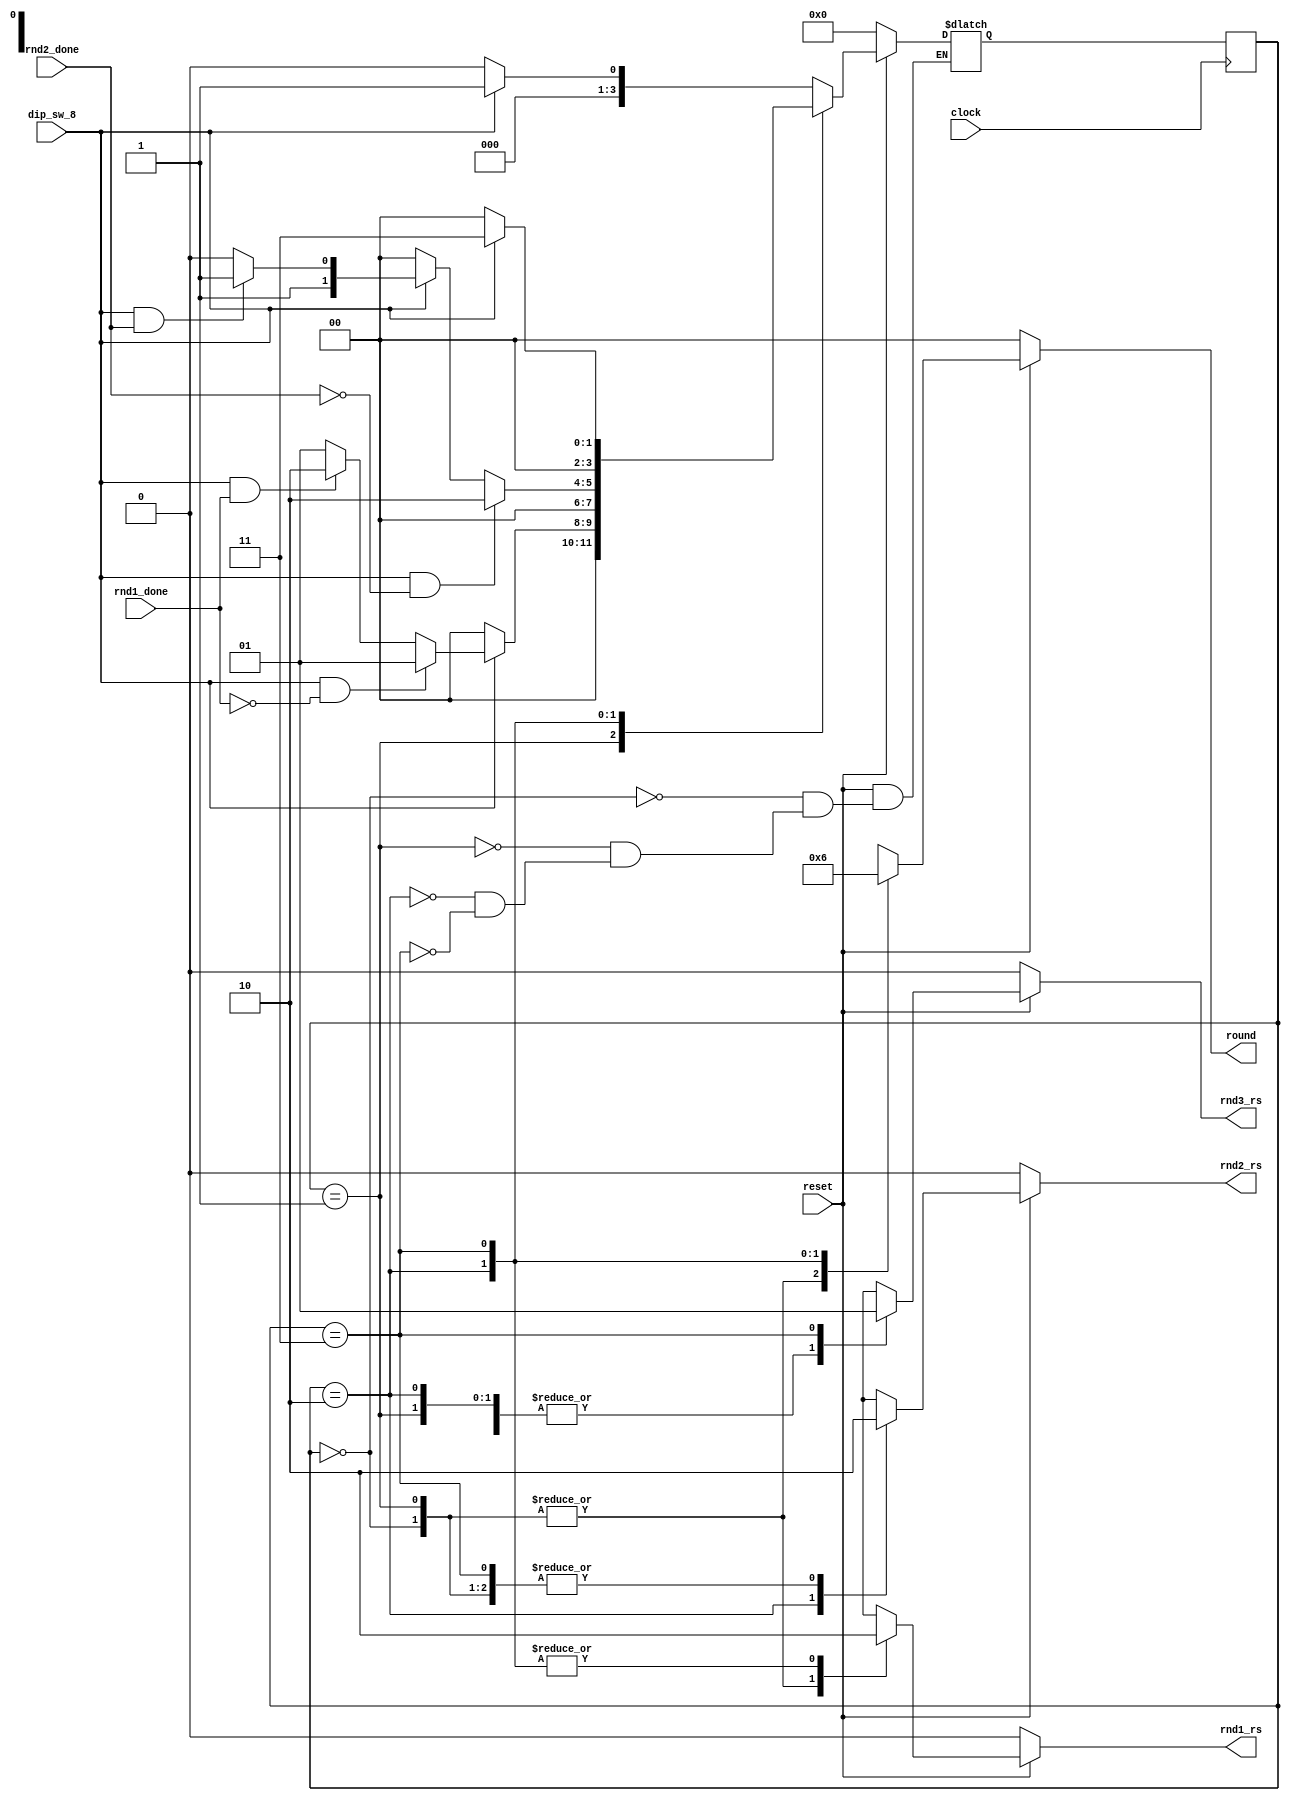
// Copyright (C) 2020  Intel Corporation. All rights reserved.
// Your use of Intel Corporation's design tools, logic functions 
// and other software and tools, and any partner logic 
// functions, and any output files from any of the foregoing 
// (including device programming or simulation files), and any 
// associated documentation or information are expressly subject 
// to the terms and conditions of the Intel Program License 
// Subscription Agreement, the Intel Quartus Prime License Agreement,
// the Intel FPGA IP License Agreement, or other applicable license
// agreement, including, without limitation, that your use is for
// the sole purpose of programming logic devices manufactured by
// Intel and sold by Intel or its authorized distributors.  Please
// refer to the applicable agreement for further details, at
// https://fpgasoftware.intel.com/eula.

// Generated by Quartus Prime Version 20.1.1 Build 720 11/11/2020 SJ Lite Edition
// Created on Thu Dec 23 02:23:38 2021

// synthesis message_off 10175

`timescale 1ns/1ns

module rnd_reset_control (
    reset,clock,dip_sw_8,rnd1_done,rnd2_done,
    rnd1_rs,rnd2_rs,rnd3_rs,round);

    input reset;
    input clock;
    input dip_sw_8;
    input rnd1_done;
    input rnd2_done;
    tri reset;
    tri dip_sw_8;
    tri rnd1_done;
    tri rnd2_done;
    output rnd1_rs;
    output rnd2_rs;
    output rnd3_rs;
    output [1:0] round;
    reg rnd1_rs;
    reg rnd2_rs;
    reg rnd3_rs;
    reg [1:0] round;
    reg [3:0] fstate;
    reg [3:0] reg_fstate;
    parameter state1=0,state2=1,state3=2,state4=3;

    always @(posedge clock)
    begin
        if (clock) begin
            fstate <= reg_fstate;
        end
    end

    always @(fstate or reset or dip_sw_8 or rnd1_done or rnd2_done)
    begin
        if (~reset) begin
            reg_fstate <= state1;
            rnd1_rs <= 1'b0;
            rnd2_rs <= 1'b0;
            rnd3_rs <= 1'b0;
            round <= 2'b00;
        end
        else begin
            rnd1_rs <= 1'b0;
            rnd2_rs <= 1'b0;
            rnd3_rs <= 1'b0;
            round <= 2'b00;
            case (fstate)
                state1: begin
                    if ((dip_sw_8 == 1'b0))
                        reg_fstate <= state1;
                    else if ((dip_sw_8 == 1'b1))
                        reg_fstate <= state2;
                    // Inserting 'else' block to prevent latch inference
                    else
                        reg_fstate <= state1;

                    rnd2_rs <= 1'b0;

                    round <= 2'b00;

                    rnd3_rs <= 1'b0;

                    rnd1_rs <= 1'b1;
                end
                state2: begin
                    if ((dip_sw_8 == 1'b0))
                        reg_fstate <= state1;
                    else if (((dip_sw_8 == 1'b1) & (rnd1_done == 1'b0)))
                        reg_fstate <= state2;
                    else if (((dip_sw_8 == 1'b1) & (rnd1_done == 1'b1)))
                        reg_fstate <= state3;
                    // Inserting 'else' block to prevent latch inference
                    else
                        reg_fstate <= state2;

                    rnd2_rs <= 1'b0;

                    round <= 2'b00;

                    rnd3_rs <= 1'b0;

                    rnd1_rs <= 1'b1;
                end
                state3: begin
                    if (((dip_sw_8 == 1'b1) & (rnd2_done == 1'b0)))
                        reg_fstate <= state3;
                    else if ((dip_sw_8 == 1'b0))
                        reg_fstate <= state1;
                    else if (((dip_sw_8 == 1'b1) & (rnd2_done == 1'b1)))
                        reg_fstate <= state4;
                    // Inserting 'else' block to prevent latch inference
                    else
                        reg_fstate <= state3;

                    rnd2_rs <= 1'b1;

                    round <= 2'b01;

                    rnd3_rs <= 1'b0;

                    rnd1_rs <= 1'b0;
                end
                state4: begin
                    if ((dip_sw_8 == 1'b1))
                        reg_fstate <= state4;
                    else if ((dip_sw_8 == 1'b0))
                        reg_fstate <= state1;
                    // Inserting 'else' block to prevent latch inference
                    else
                        reg_fstate <= state4;

                    rnd2_rs <= 1'b0;

                    round <= 2'b10;

                    rnd3_rs <= 1'b1;

                    rnd1_rs <= 1'b0;
                end
                default: begin
                    rnd1_rs <= 1'bx;
                    rnd2_rs <= 1'bx;
                    rnd3_rs <= 1'bx;
                    round <= 2'bxx;
                    $display ("Reach undefined state");
                end
            endcase
        end
    end
endmodule // rnd_reset_control